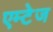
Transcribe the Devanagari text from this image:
एम्टेज